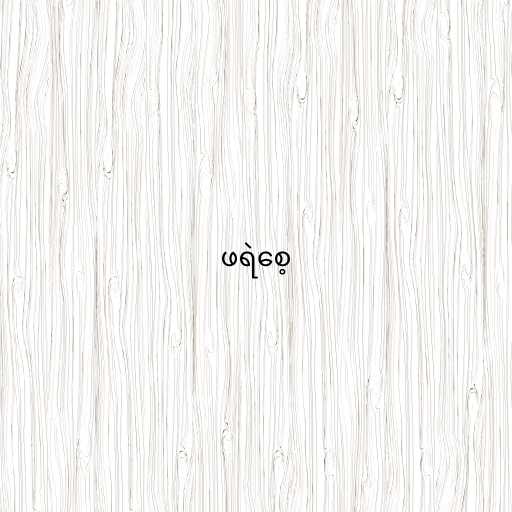
ဖရဲစေ့